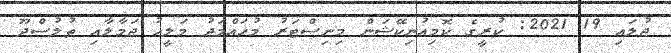
ޖުލައި 19 2021: ކުރީގެ ކޮމިއުނިކޭޝަން މިނިސްޓަރު މުހައްމަދު މަލީހު ޖަމާލާއި ތުލުސްދޫ